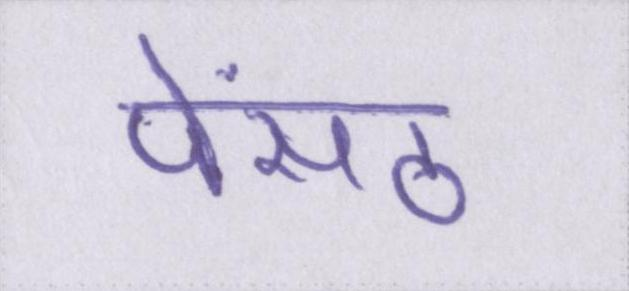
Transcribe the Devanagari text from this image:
पेंसठ